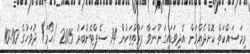
މިމަސައްކަތް ކޮށްދެއްވަން އެދިވަޑައިގަންނަވާ ފަރާތްތަކުން 14 ސެޕްޓެންބަރު 2015 (ހޯމަ) ދުވަހުގެ 10:30